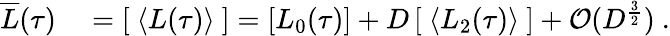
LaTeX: \begin{array}{rl}{\overline{{L}}(\tau)}&{{}=\left[\ \langle L(\tau)\rangle\ \right]=\left[L_{0}(\tau)\right]+D\left[\ \langle L_{2}(\tau)\rangle\ \right]+\mathcal{O}(D^{\frac{3}{2}})\ .}\end{array}